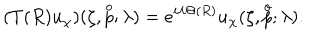
( T ( R ) u _ { \chi } ) ( \zeta , \stackrel { o } { p } ; \lambda ) = e ^ { i \lambda \Theta ( R ) } u _ { \chi } ( \zeta , \stackrel { o } { p } ; \lambda ) .